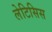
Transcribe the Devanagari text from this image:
लेटिसिस